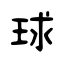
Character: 球